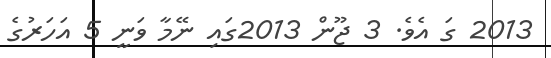
2013 ގަ އެވެ. 3 ޖޫން 2013ގައި ނޭމާ ވަނީ 5 އަހަރުގެ